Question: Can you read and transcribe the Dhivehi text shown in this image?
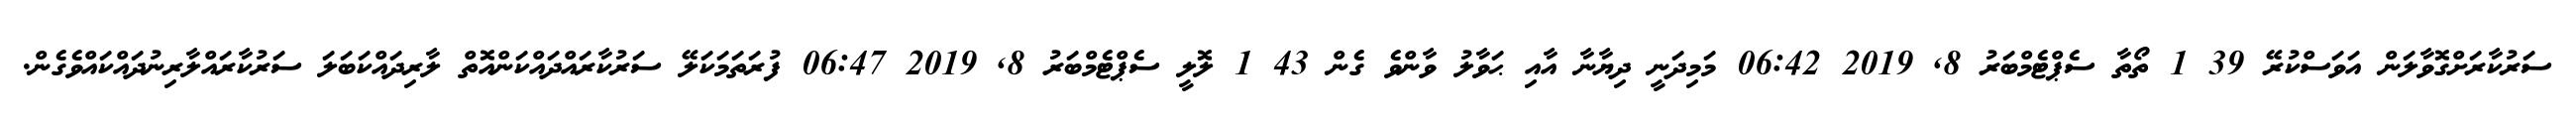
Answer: ސަރުކާރަށްގޮވާލަން އަވަސްކުރޭ 39 1 ތޯތާ ސެޕްޓެމްބަރު 8, 2019 06:42 މަމިދަނީ ދިޔާނާ އާއި ޙަވާލު ވާންވެ ގެން 43 1 ލޮލީ ސެޕްޓެމްބަރު 8, 2019 06:47 ފުރަތަމަކަލޭ ސަރުކާރައްދައްކަންއޮތް ލާރިދައްކަބަލަ ސަރުކާރައްލާރިނުދައްކައްވެގެން.